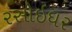
રસોઇઘર